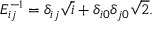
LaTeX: E _ { i j } ^ { - 1 } = \delta _ { i j } \sqrt { i } + \delta _ { i 0 } \delta _ { j 0 } \sqrt { 2 } .